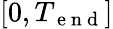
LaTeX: [0,T_{\mathrm{~e~n~d~}}]